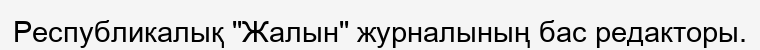
Республикалық "Жалын" журналының бас редакторы.